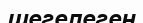
шегелеген